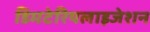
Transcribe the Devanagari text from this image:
डिमटेरियलाइजेशन